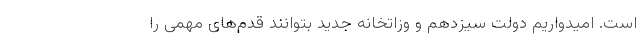
است. امیدواریم دولت سیزدهم و وزاتخانه جدید بتوانند قدم‌های مهمی را